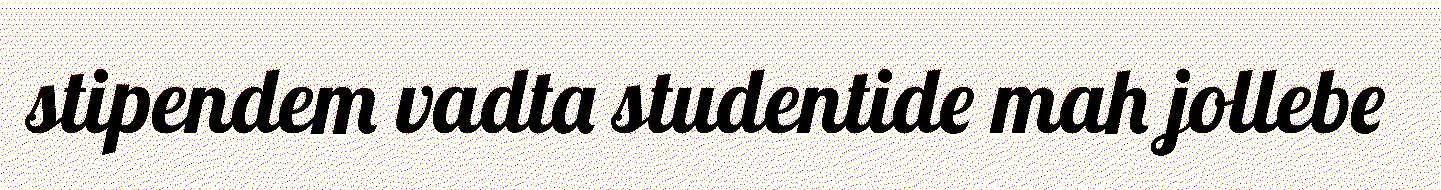
stipendem vadta studentide mah jollebe